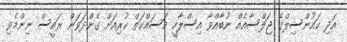
އަދި ކައުންސިލްގެ ޖަލްސާއެއް ނުބާއްވާ އިސްލާހީ މަސައްކަތް ކުރިއަށް ގެންދަވަން ރައީސް ނިންމެވި